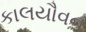
કાલયૌવન